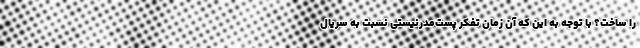
را ساخت؟ با توجه به این که آن زمان تفکر پست‌مدرنیستی نسبت به سریال